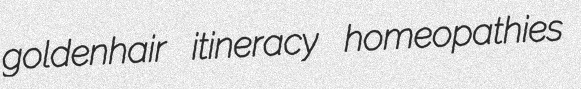
goldenhair itineracy homeopathies